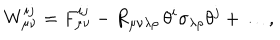
W _ { \mu \nu } ^ { i j } = F _ { \mu \nu } ^ { i j } - R _ { \mu \nu \lambda \rho } \, \theta ^ { i } \sigma _ { \lambda \rho } \theta ^ { j } + \dots ,